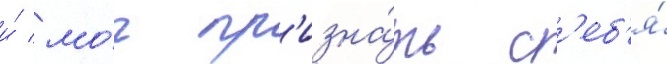
и́ мо́г пр'изна́ть с'еб'я́